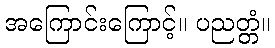
အကြောင်းကြောင့်။ ပညတ္တံ။